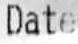
DATE